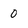
Character: 0